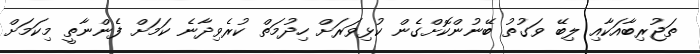
ތަޖުރިބާއަކާއި ލިބޭ ވަގުތު ބޭނުންކޮށްގެން ކުޅިވަރަށް ހިދުމަތް ކުރެވިދާނެ ކަމަށް ފެންނާތީ މިކަމަށް